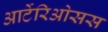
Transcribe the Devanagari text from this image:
आर्टेरिओसस